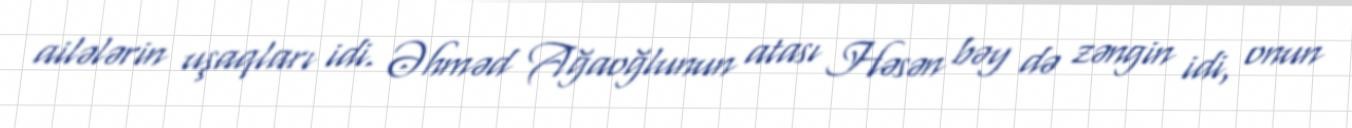
ailələrin uşaqları idi. Əhməd Ağaoğlunun atası Həsən bəy də zəngin idi, onun